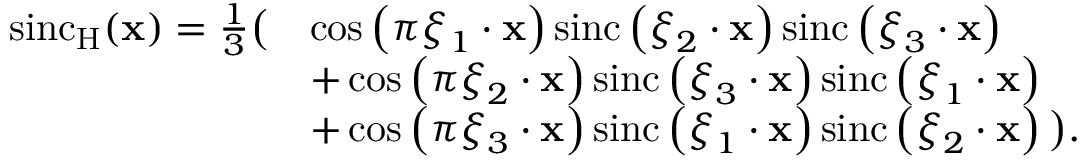
{ \begin{array} { r l } { \operatorname { s i n c } _ { \mathrm { H } } ( \mathbf { x } ) = { \frac { 1 } { 3 } } { \big ( } } & { \cos \left( \pi { \boldsymbol { \xi } } _ { 1 } \cdot \mathbf { x } \right) \operatorname { s i n c } \left( { \boldsymbol { \xi } } _ { 2 } \cdot \mathbf { x } \right) \operatorname { s i n c } \left( { \boldsymbol { \xi } } _ { 3 } \cdot \mathbf { x } \right) } \\ & { + \cos \left( \pi { \boldsymbol { \xi } } _ { 2 } \cdot \mathbf { x } \right) \operatorname { s i n c } \left( { \boldsymbol { \xi } } _ { 3 } \cdot \mathbf { x } \right) \operatorname { s i n c } \left( { \boldsymbol { \xi } } _ { 1 } \cdot \mathbf { x } \right) } \\ & { + \cos \left( \pi { \boldsymbol { \xi } } _ { 3 } \cdot \mathbf { x } \right) \operatorname { s i n c } \left( { \boldsymbol { \xi } } _ { 1 } \cdot \mathbf { x } \right) \operatorname { s i n c } \left( { \boldsymbol { \xi } } _ { 2 } \cdot \mathbf { x } \right) { \big ) } . } \end{array} }